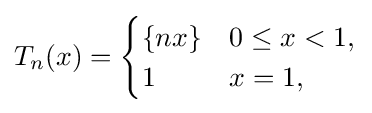
T_{n}(x)={\begin{cases}\{nx\}&0\leq x<1,\\1&x=1,\end{cases}}